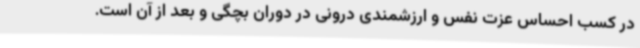
در کسب احساس عزت نفس و ارزشمندی درونی در دوران بچگی و بعد از آن است.